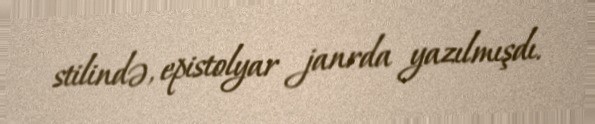
stilində, epistolyar janrda yazılmışdı.